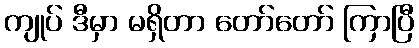
ကျုပ် ဒီမှာ မရှိတာ တော်တော် ကြာပြီ